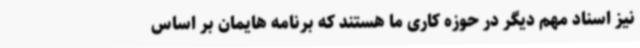
نیز اسناد مهم دیگر در حوزه کاری ما هستند که برنامه هایمان بر اساس